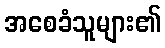
အစေခံသူများ၏